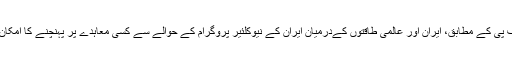
فرانسیسی نیوز ایجنسی، اے ایف پی کے مطابق، ایران اور عالمی طاقتوں کےدرمیان ایران کے نیوکلئیر پروگرام کے حوالے سے کسی معاہدے پر پہنچنے کا امکان ابھی غیر واضح اور مبہم ہے۔